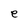
Character: e